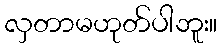
လှတာမဟုတ်ပါဘူး။